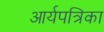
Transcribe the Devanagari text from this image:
आर्यपत्रिका